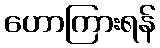
ဟောကြားရန်